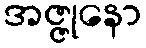
အဇ္ဇုနော